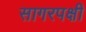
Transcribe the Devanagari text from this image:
सागरपक्षी